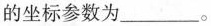
的坐标参数为___。